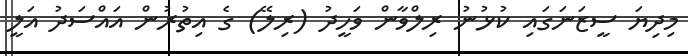
މިދިޔަ ސީޒަނަގައި ކުޅުނު ރިލްވާން ވަހީދު (ރިލޭ) ގެ އިތުރުން އައްސަދު އަލީ